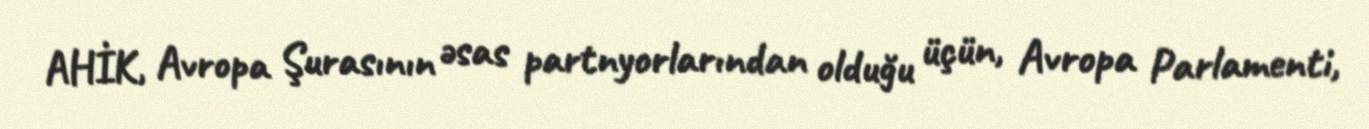
AHİK, Avropa Şurasının əsas partnyorlarından olduğu üçün, Avropa Parlamenti,